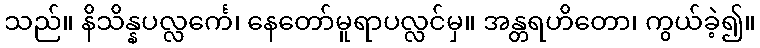
သည်။ နိသိန္နပလ္လင်္ကေ၊ နေတော်မူရာပလ္လင်မှ။ အန္တရဟိတော၊ ကွယ်ခဲ့၍။